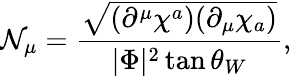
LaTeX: {\cal N}_{\mu}=\frac{\sqrt{(\partial^{\mu}\chi^{a})(\partial_{\mu}\chi_{a})}}{|\Phi|^{2}\tan\theta_{W}},